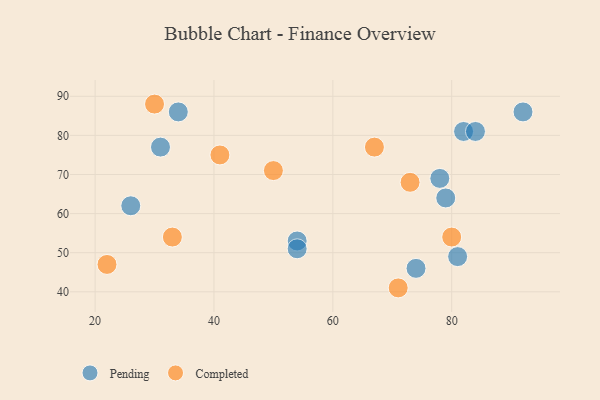
{"axis": {"x": "GDP", "y": "Life Expectancy"}, "legend": ["Completed", "Pending"], "data": [{"x": "82", "y": 81, "type": "Pending"}, {"x": "34", "y": 86, "type": "Pending"}, {"x": "31", "y": 77, "type": "Pending"}, {"x": "92", "y": 86, "type": "Pending"}, {"x": "84", "y": 81, "type": "Pending"}, {"x": "78", "y": 69, "type": "Pending"}, {"x": "79", "y": 64, "type": "Pending"}, {"x": "26", "y": 62, "type": "Pending"}, {"x": "81", "y": 49, "type": "Pending"}, {"x": "54", "y": 53, "type": "Pending"}, {"x": "74", "y": 46, "type": "Pending"}, {"x": "54", "y": 51, "type": "Pending"}, {"x": "73", "y": 68, "type": "Completed"}, {"x": "30", "y": 88, "type": "Completed"}, {"x": "33", "y": 54, "type": "Completed"}, {"x": "67", "y": 77, "type": "Completed"}, {"x": "50", "y": 71, "type": "Completed"}, {"x": "71", "y": 41, "type": "Completed"}, {"x": "41", "y": 75, "type": "Completed"}, {"x": "22", "y": 47, "type": "Completed"}, {"x": "80", "y": 54, "type": "Completed"}]}